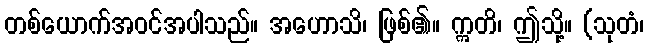
တစ်ယောက်အဝင်အပါသည်။ အဟောသိ၊ ဖြစ်၏။ ဣတိ၊ ဤသို့။ (သုတံ၊